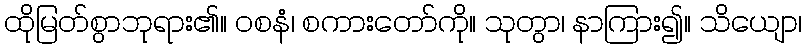
ထိုမြတ်စွာဘုရား၏။ ဝစနံ၊ စကားတော်ကို။ သုတွာ၊ နာကြား၍။ သိယျော၊